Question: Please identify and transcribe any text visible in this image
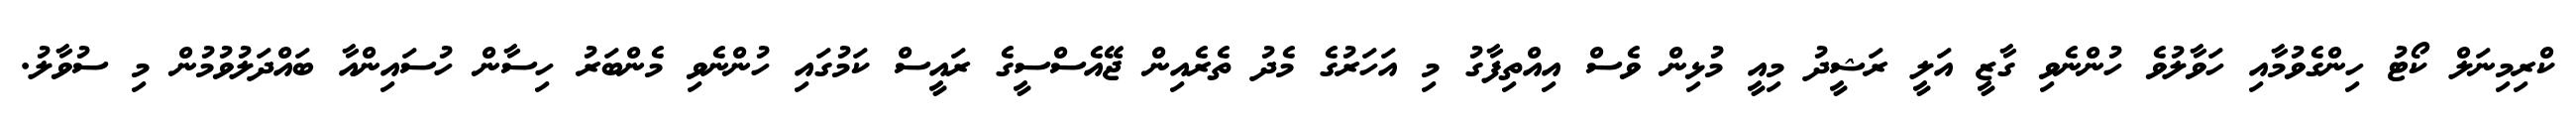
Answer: ކްރިމިނަލް ކޯޓު ހިންގެވުމާއި ހަވާލުވެ ހުންނެވި ގާޒީ އަލީ ރަޝީދު މިއީ މުޅިން ވެސް އިއްތިފާގު މި އަހަރުގެ މެދު ތެރެއިން ޖޭއެސްސީގެ ރައީސް ކަމުގައި ހުންނެވި މެންބަރު ހިސާން ހުސައިންއާ ބައްދަލުވުމުން މި ސުވާލު.